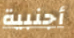
أجنبية